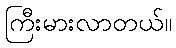
ကြီးမားလာတယ်။